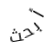
أبحث